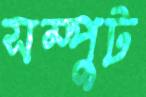
সম্পুট